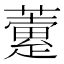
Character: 𧁏